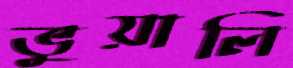
ভুয়ালি